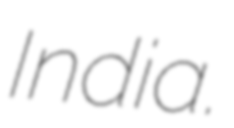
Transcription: India.